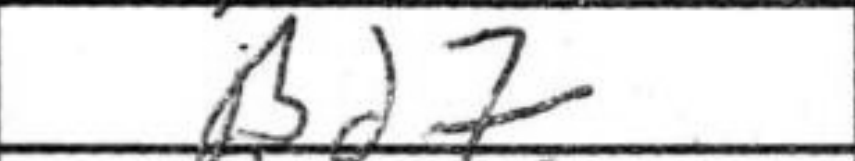
Transcription: Bd7